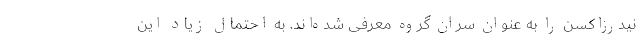
نیدرزاکسن را به عنوان سران گروه معرفی شده‌اند. به احتمال زیاد این